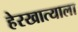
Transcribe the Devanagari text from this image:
हेरखात्याला